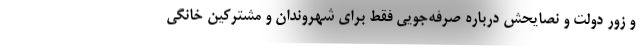
و زور دولت و نصایحش درباره صرفه‌جویی فقط برای شهروندان و مشترکین خانگی